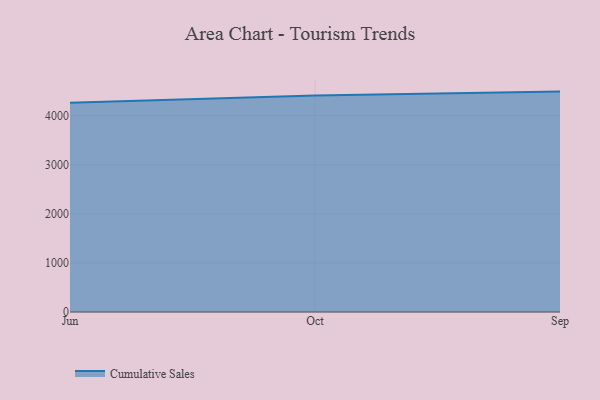
{"axis": {"x": "Month", "y": "Production Output"}, "legend": ["Cumulative Sales"], "data": [{"x": "Jun", "y": 4260.1, "type": "Cumulative Sales"}, {"x": "Oct", "y": 4411.1, "type": "Cumulative Sales"}, {"x": "Sep", "y": 4489.7, "type": "Cumulative Sales"}]}